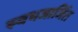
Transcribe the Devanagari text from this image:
स्वभजार्जित